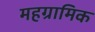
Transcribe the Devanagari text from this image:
महग्रामिक